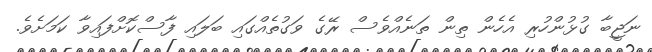
ނަޖީބާ ގުޅުންހުރި އެހެން ތިން ތަނެއްވެސް ރޭގެ ވަގުތެއްގައި ބަލައި ފާސްކޮށްފައިވާ ކަމަށެވެ.